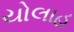
યોલાહ